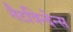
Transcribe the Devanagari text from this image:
नैटविन्देन्स